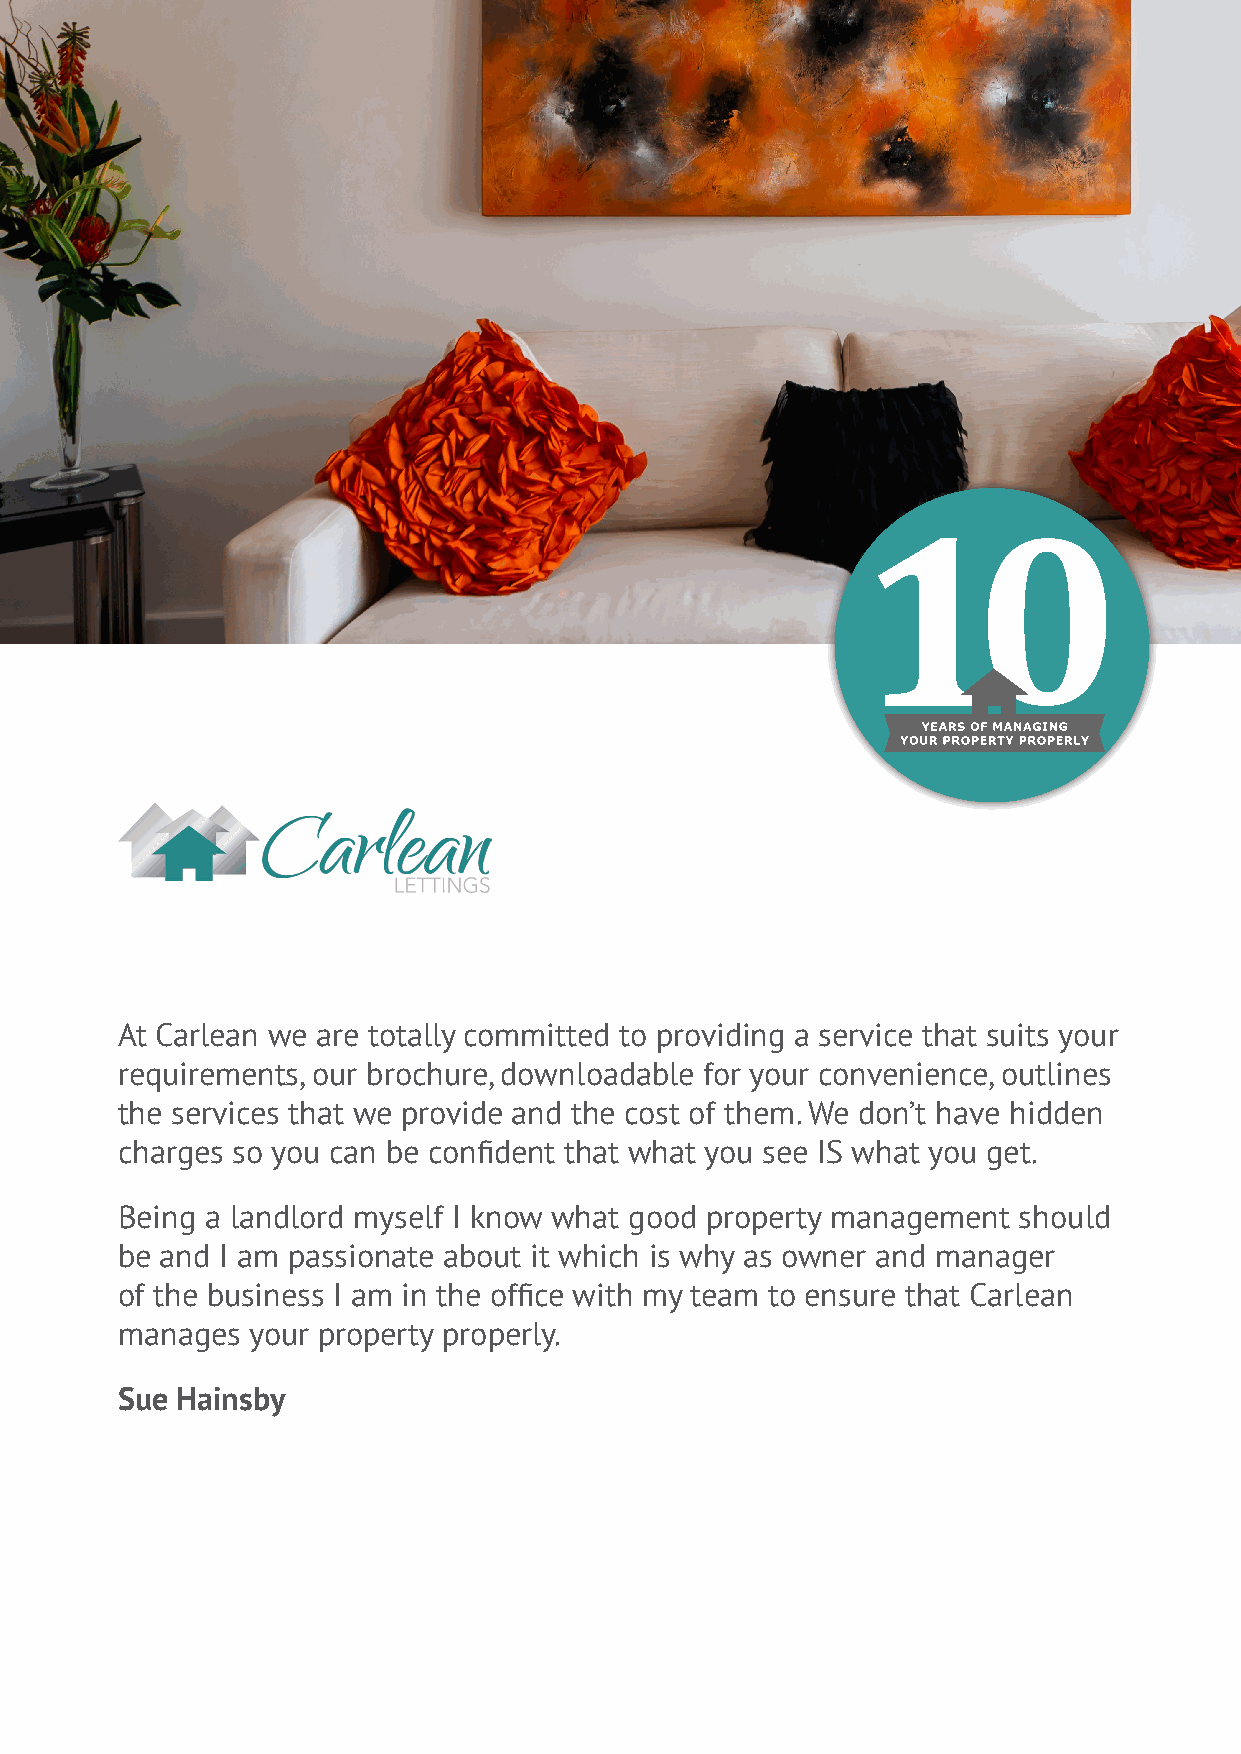
At Carlean we are totally committed to providing a service that suits your
 requirements, our brochure, downloadable for your convenience, outlines
 the services that we provide and the cost of them. We don’t have hidden
 charges so you can be confident that what you see IS what you get.
 Being a landlord myself I know what good property management should
 be and I am passionate about it which is why as owner and manager
 of the business I am in the office with my team to ensure that Carlean
 manages your property properly.
 Sue Hainsby